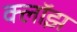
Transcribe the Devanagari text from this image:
क्लॉझ